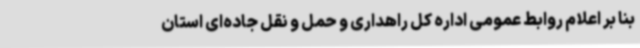
بنا بر اعلام روابط عمومی اداره کل راهداری و حمل و نقل جاده‌ای استان